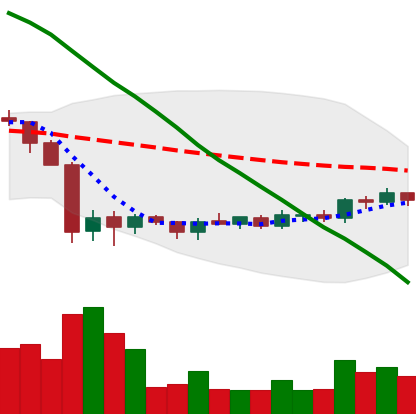
Ticker: ADA-USD
Chart end date: 2019-10-10
Forward return: -4.549%
Label: down_3_5